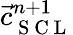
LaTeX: \vec{c}_{\mathrm{~S~C~L~}}^{n+1}